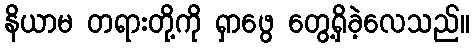
နိယာမ တရားတို့ကို ရှာဖွေ တွေ့ရှိခဲ့လေသည်။